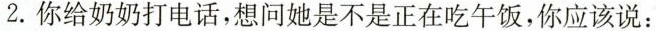
2.你给奶奶打电话，想问她是不是正在吃午饭，你应该说：